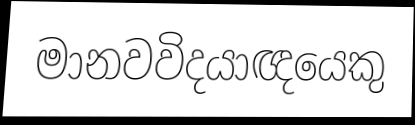
මානවවිදයාඥයෙකු